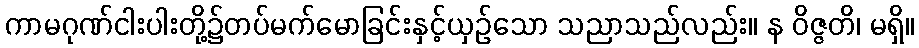
ကာမဂုဏ်ငါးပါးတို့၌တပ်မက်မောခြင်းနှင့်ယှဉ်သော သညာသည်လည်း။ န ဝိဇ္ဇတိ၊ မရှိ။